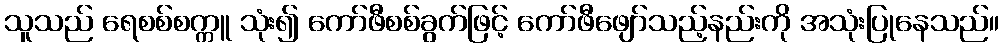
သူသည် ရေစစ်စက္ကူ သုံး၍ ကော်ဖီစစ်ခွက်ဖြင့် ကော်ဖီဖျော်သည့်နည်းကို အသုံးပြုနေသည်။